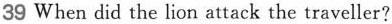
39 When did the lion attack the traveller?